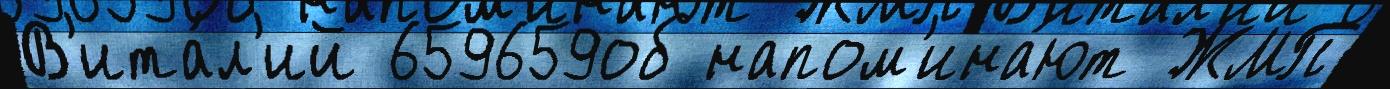
В'ита́л'ий 659659об напом'ина́ют ЖМП